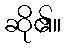
ဆို၏။